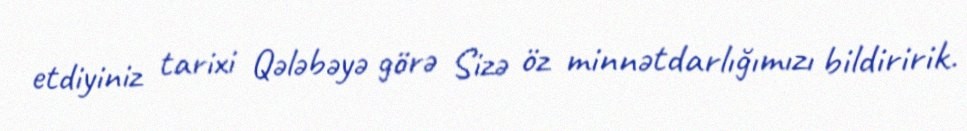
etdiyiniz tarixi Qələbəyə görə Sizə öz minnətdarlığımızı bildiririk.